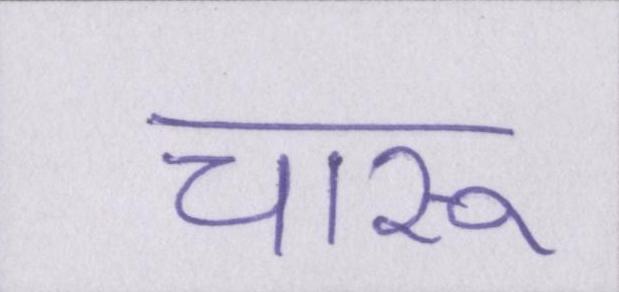
चारू